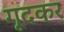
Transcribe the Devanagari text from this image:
गूदकर